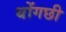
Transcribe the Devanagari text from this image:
थोंगछी